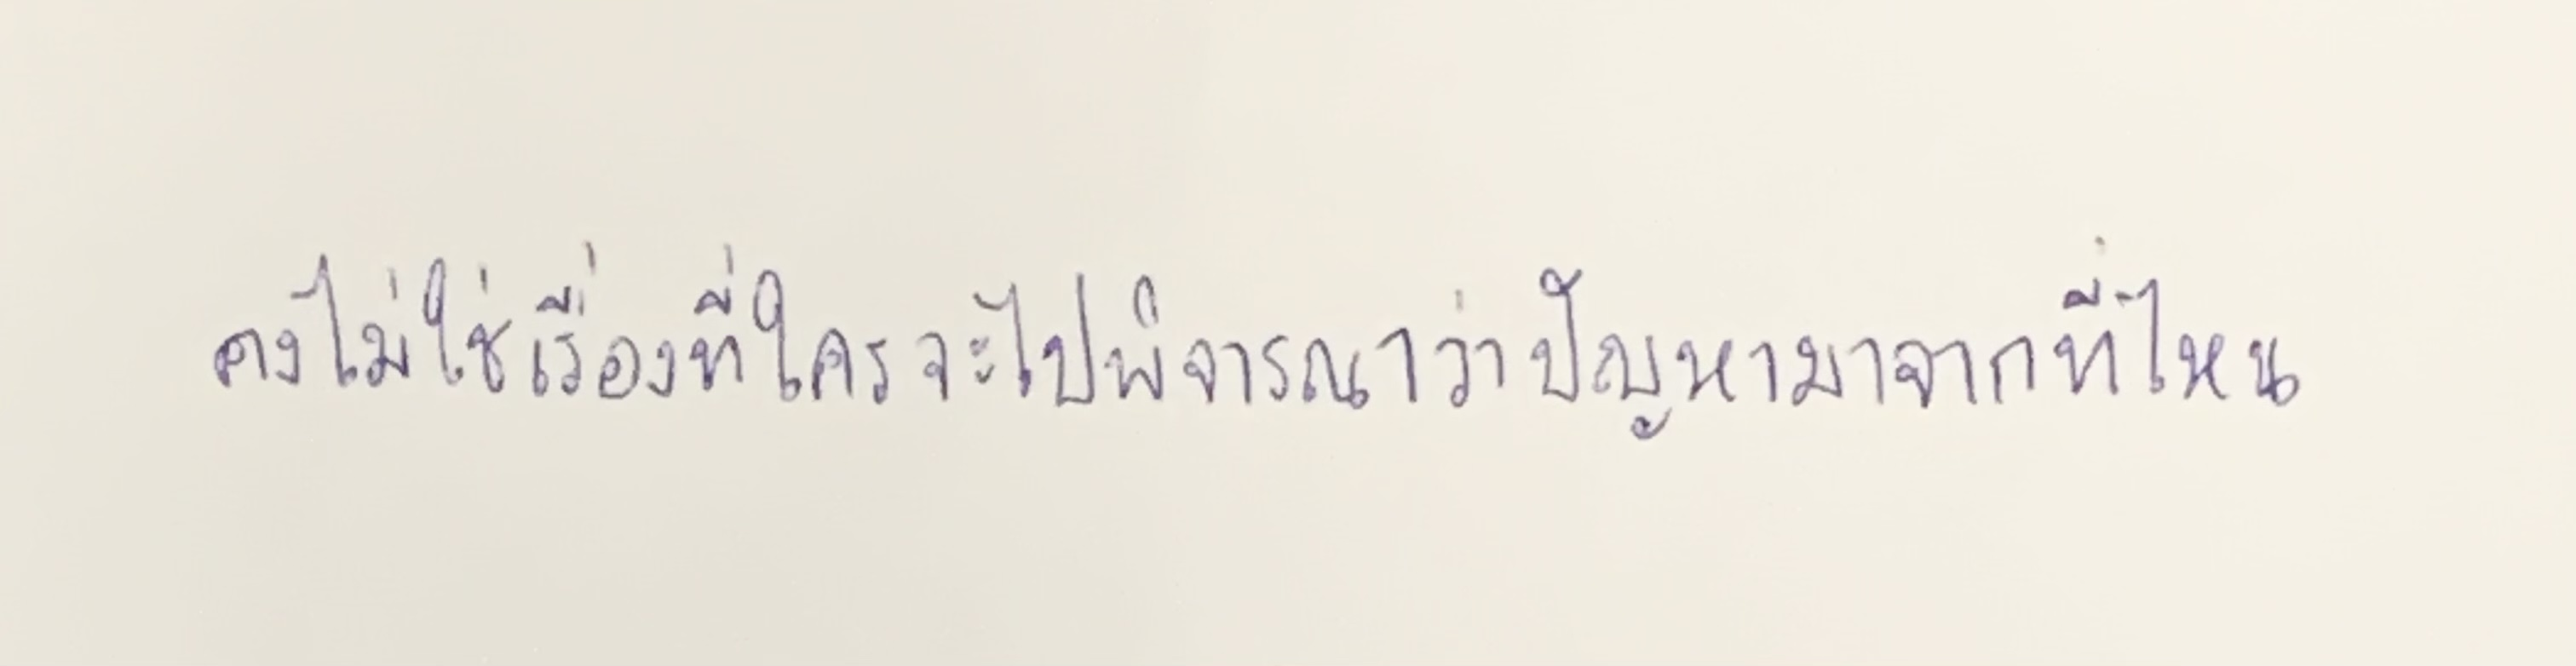
คงไม่ใช่เรื่องที่ใครจะไปพิจารณาว่าปัญหามาจากที่ไหน